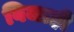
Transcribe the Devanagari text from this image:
बिजाही